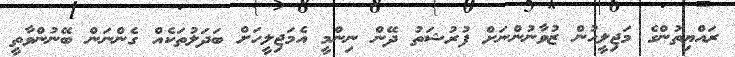
ރައްޔިތުންގެ މަޖިލީހުން ޒުވާނުންނަށް ފުރުޝަތު ދޭން ނިންމީ އެމަޖިލީހަށް ބަދަލުތަކެއް ގެންނަން ބޭނުންވާތީ